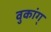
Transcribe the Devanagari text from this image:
वुकांग्